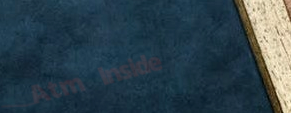
Atm Inside